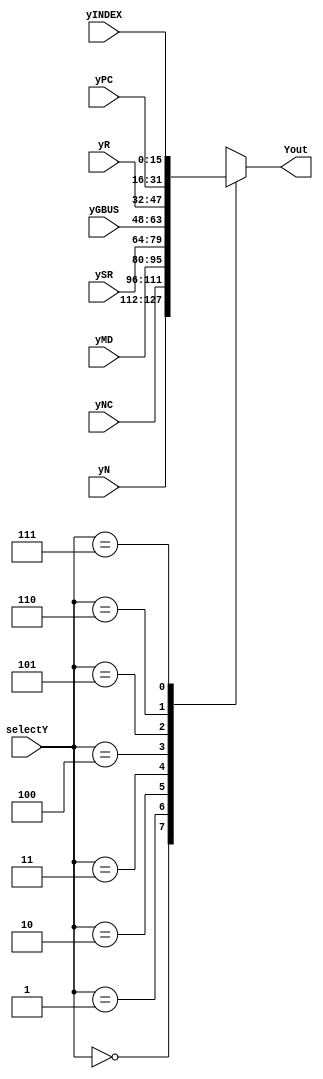
module muxY(yN, // registrador NEXT
				yNC, // acumulador NEXT com carry
				yMD, // acumulador para multiplicacao e divisao
				ySR, // acumulador de raiz quadrada
				yGBUS, // barramento de E/S
				yR, // instrucao vigente
				yPC, // contador do programa
				yINDEX, // topo da pilha de retorno
				selectY, // seletor do Y utilizado
				Yout // saida da multiplexacao
				);
		 
input [15:0] yN, yNC, yMD, ySR, yGBUS, yR, yPC, yINDEX;
input [2:0] selectY;
output wire [15:0] Yout;

reg [15:0] res;

assign Yout = res;

// Definicao das possibilidades de Y
parameter [2:0]	N     = 3'b000, // next - segundo elemento da pilha vigente
						NC    = 3'b001, // acumulador next com carry bit
						MD    = 3'b010, // acumulador de multiplicacao e divisao
						SR    = 3'b011, // acumulador de raiz quadrada
						GBUS  = 3'b100, // toma o Y vindo do barramento de entrada/saida de dados
						R     = 3'b101, // toma o Y como a instrucao corrente
						PC    = 3'b110, // toma o Y como o PC
						INDEX = 3'b111; // toma o Y como o topo da pilha de retorno
// bloco always
always @(*)
	begin
		case(selectY)
			N: res = yN;
			NC: res = yNC;
			MD: res = yMD;
			SR: res = ySR;
			GBUS: res = yGBUS;
			R: res = yR;
			PC: res = yPC;
			INDEX: res = yINDEX;
		endcase 
	end 
endmodule